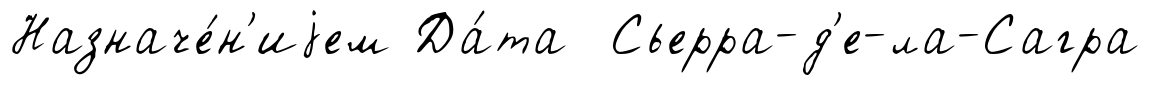
Назначе́н'иjем Да́та Сьерра-д'е-ла-Сагра